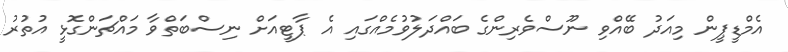
އެމްޑީޕީން މިއަދު ބޭއްވި ނޫސްވެރިންގެ ބައްދަލުވުމެއްގައި އެ ޕާޓީއަށް ނިސްބަތްވާ މައްޗަންގޮޅީ އުތުރު